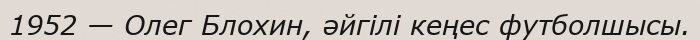
1952 — Олег Блохин, әйгілі кеңес футболшысы.